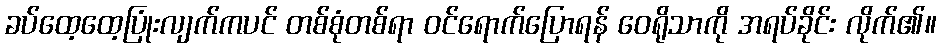
ခပ်ထေ့ထေ့ပြုံးလျက်ကပင် တစ်စုံတစ်ရာ ဝင်ရောက်ပြောရန် ဝေရိုသာကို အရပ်ခိုင်း လိုက်၏။